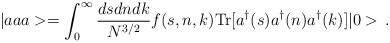
\begin{align*}|aaa>= \int_0^\infty \frac{ds dn dk}{N^{3/2}} f(s,n,k) {\rm Tr}[a^\dagger(s) a^\dagger(n) a^\dagger(k) ]|0>\,.\end{align*}